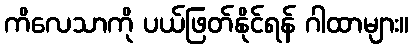
ကိလေသာကို ပယ်ဖြတ်နိုင်ရန် ဂါထာများ။